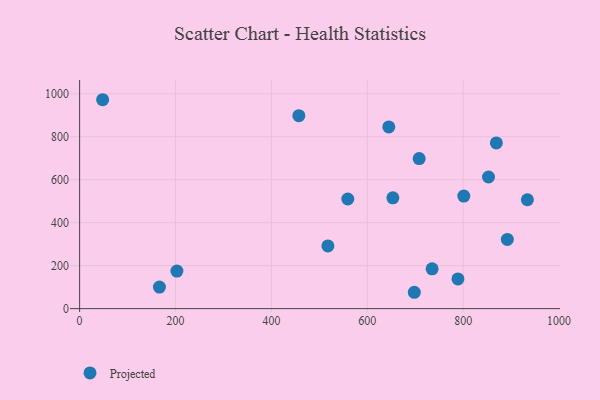
{"axis": {"x": "Price", "y": "Fuel Efficiency"}, "legend": ["Projected"], "data": [{"x": "852.7", "y": 612.6, "type": "Projected"}, {"x": "517.8", "y": 291.9, "type": "Projected"}, {"x": "933.8", "y": 506.7, "type": "Projected"}, {"x": "559.3", "y": 510.2, "type": "Projected"}, {"x": "735.1", "y": 185.2, "type": "Projected"}, {"x": "698.0", "y": 76.1, "type": "Projected"}, {"x": "48.0", "y": 972.2, "type": "Projected"}, {"x": "869.1", "y": 771.0, "type": "Projected"}, {"x": "789.0", "y": 138.2, "type": "Projected"}, {"x": "801.2", "y": 523.6, "type": "Projected"}, {"x": "708.1", "y": 698.5, "type": "Projected"}, {"x": "166.5", "y": 100.2, "type": "Projected"}, {"x": "892.0", "y": 322.0, "type": "Projected"}, {"x": "202.9", "y": 174.8, "type": "Projected"}, {"x": "457.2", "y": 897.9, "type": "Projected"}, {"x": "653.3", "y": 515.7, "type": "Projected"}, {"x": "644.8", "y": 845.4, "type": "Projected"}]}